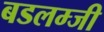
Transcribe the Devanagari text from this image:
बडलम्जी